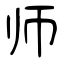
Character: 师